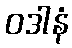
ဝဒါနံ